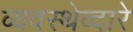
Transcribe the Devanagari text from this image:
व्यवस्थेव्दारे